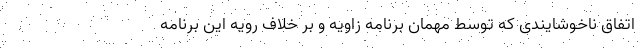
اتفاق ناخوشایندی که توسط مهمان برنامه زاویه و بر خلاف رویه این برنامه